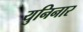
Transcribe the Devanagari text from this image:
युनिनार